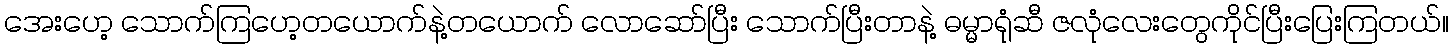
အေးဟေ့ သောက်ကြဟေ့တယောက်နဲ့တယောက် လောဆော်ပြီး သောက်ပြီးတာနဲ့ ဓမ္မာရုံဆီ ဇလုံလေးတွေကိုင်ပြီးပြေးကြတယ်။